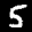
Label: 5